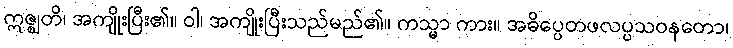
ဣဇ္ဈတိ၊ အကျိုးပြီး၏။ ဝါ၊ အကျိုးပြီးသည်မည်၏။ ကသ္မာ ကား။ အဓိပ္ပေတဖလပ္ပသဝနတော၊